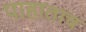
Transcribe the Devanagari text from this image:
पाहाताच